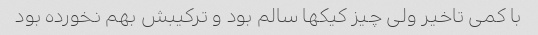
با کمی تاخیر ولی چیز کیکها سالم بود و ترکیبش بهم نخورده بود